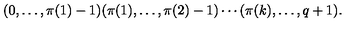
( 0 , \ldots , \pi ( 1 ) - 1 ) ( \pi ( 1 ) , \ldots , \pi ( 2 ) - 1 ) \cdots ( \pi ( k ) , \ldots , q + 1 ) .